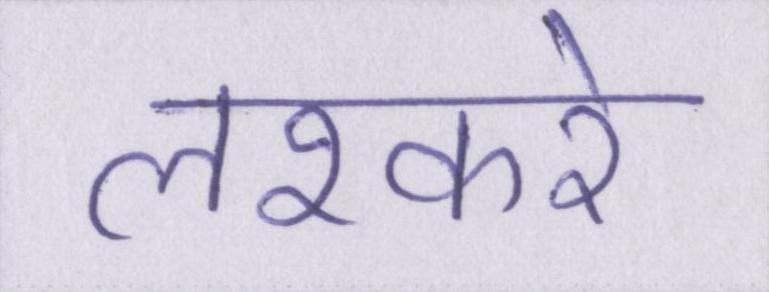
लश्करे